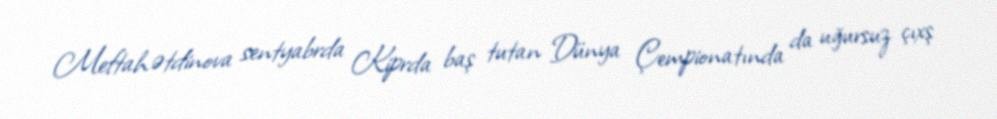
Meftahətdinova sentyabrda Kiprda baş tutan Dünya Çempionatında da uğursuz çıxş